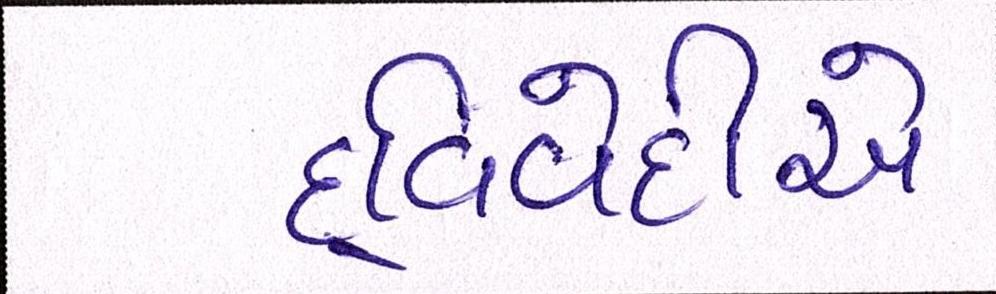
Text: દ્વિવેદીએ